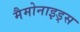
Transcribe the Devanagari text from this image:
मैमोनाइड्स